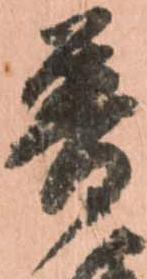
普